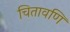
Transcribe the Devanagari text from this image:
चितावणि